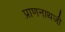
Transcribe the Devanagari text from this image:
प्राणनाथजी